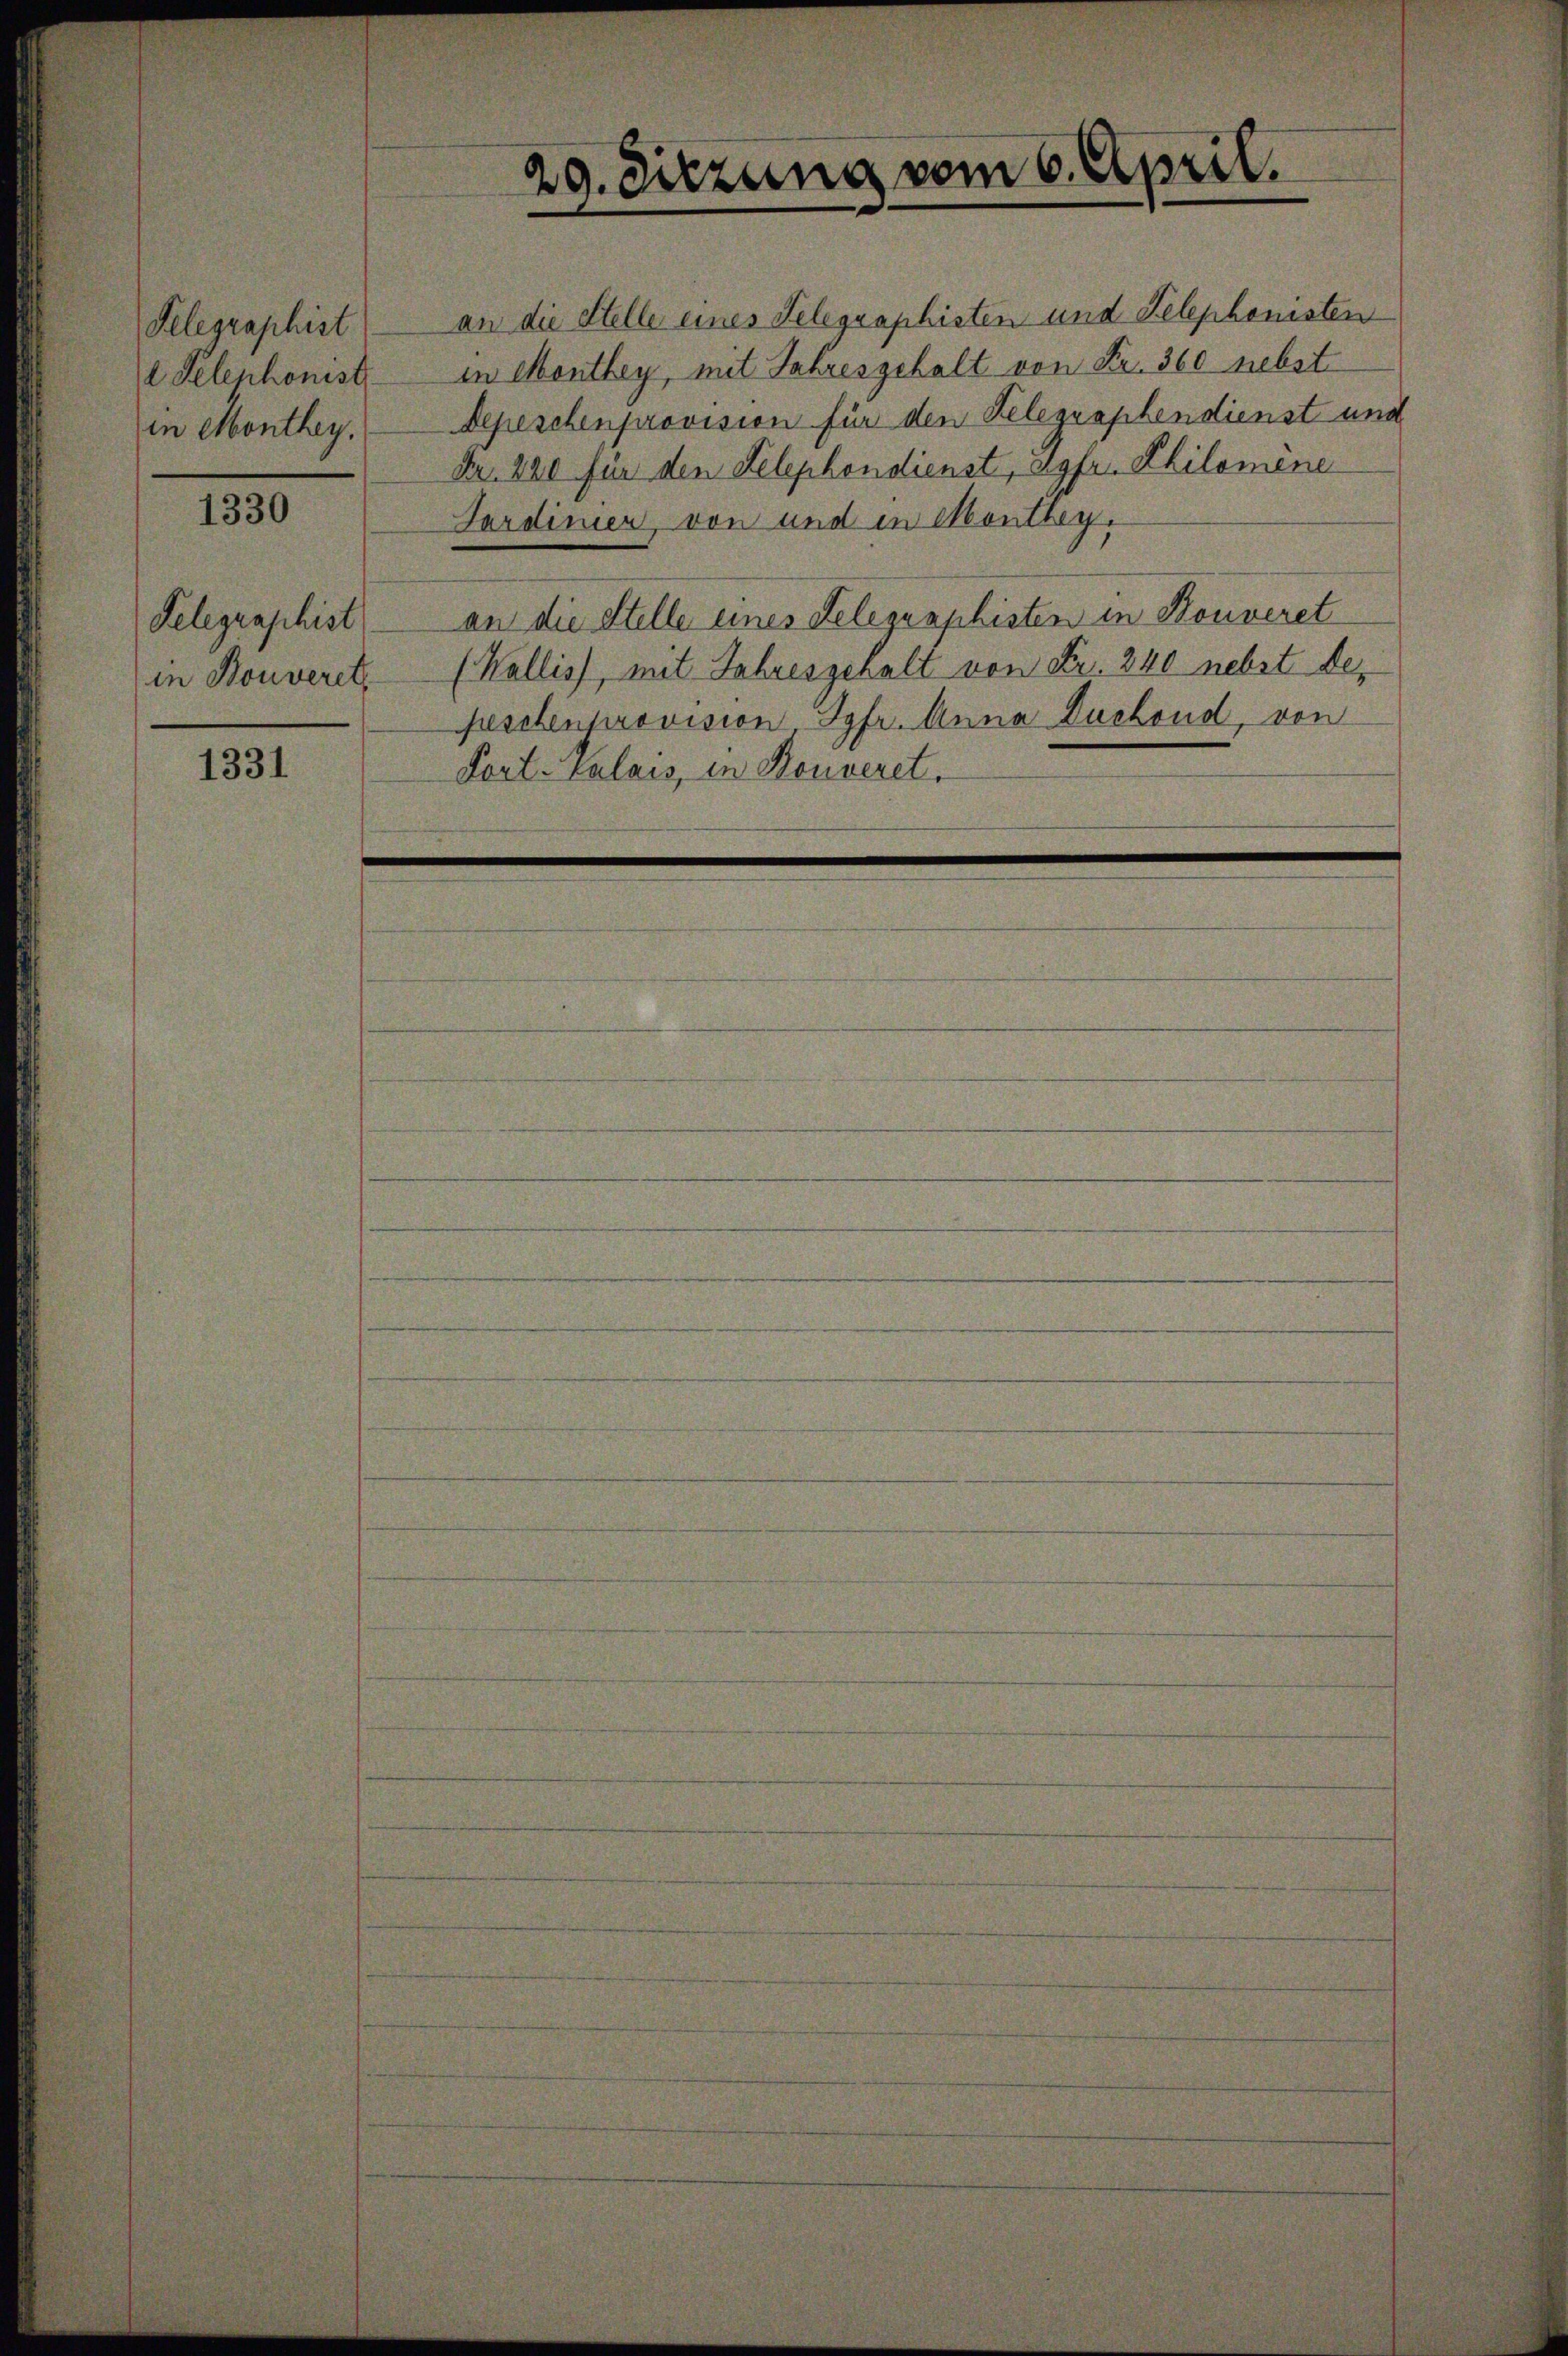
Telegraphist
 Telephonist
in Monthey.

1330

Telegraphist
in Bouveret,

1331

an die Stelle eines Telegraphisten und Telephonisten
in Monthey, mit Jahresgehalt von Fr. 360 nebst
Depeschenprovision für den Telegraphendienst und
Nr. 220 für den Telephondienst, agfer Philomine
Fardinier, von und in Montheyan die Stelle eines Telegraphisten in Konveret
(Wallis, mit Jahresgehalt von Fr. 240 nebst depeschenprovision Jgfr. Anna Duchoud, von
Dort. Calais, in Bonveret.

29. Sitzung vom 6. April.